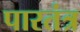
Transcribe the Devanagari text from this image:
पारतंत्र